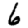
Digit: 6